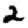
Digit: 2